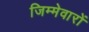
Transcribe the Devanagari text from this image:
जिम्मेवारों